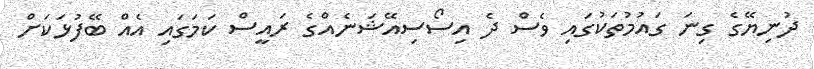
ދުނިޔޭގެ ގިނަ ގައުމުތަކުގައި ވެސް ދެ އިސޯސިއޭޝަނެއްގެ ރައީސް ކަމަގައި އެއް ބޭފުޅަކަށް